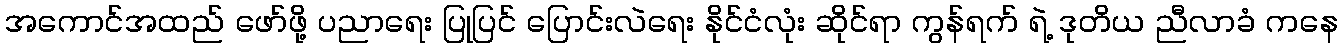
အကောင်အထည် ဖော်ဖို့ ပညာရေး ပြုပြင် ပြောင်းလဲရေး နိုင်ငံလုံး ဆိုင်ရာ ကွန်ရက် ရဲ့ ဒုတိယ ညီလာခံ ကနေ